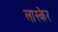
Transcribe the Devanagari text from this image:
लास्केर